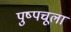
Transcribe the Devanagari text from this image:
पुष्पचूला